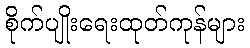
စိုက်ပျိုးရေးထုတ်ကုန်များ